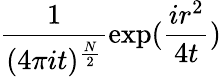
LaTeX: \frac{1}{(4\pi it)^{\frac{N}{2}}}\mathrm{exp}(\frac{ir^{2}}{4t})